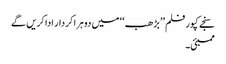
سنجے کپور فلم ’’بڑھب ‘‘ میں دوہرا کردار ادا کریں گے
ممبئی۔